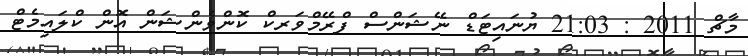
މާޗް 2011 : 21:03 ޔުނައިޓަޑް ނޭޝަންސް ފްރޭމްވަރކް ކޮންވެންޝަން އޮން ކްލައިމެޓް